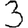
Digit: 3